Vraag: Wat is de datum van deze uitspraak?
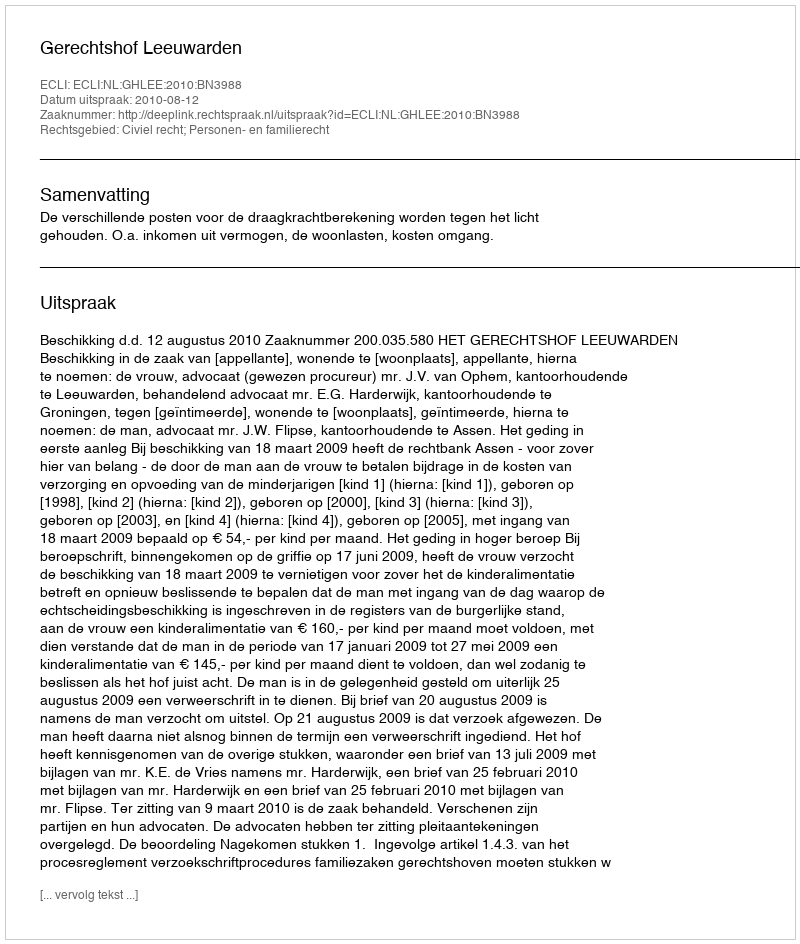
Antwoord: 2010-08-12